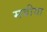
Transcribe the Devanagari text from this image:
मवीया